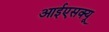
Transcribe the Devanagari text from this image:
आईएसक्यू